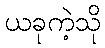
ယခုကဲ့သို